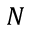
N